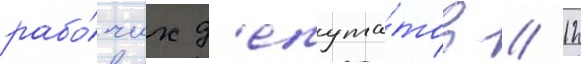
рабо́чих д'епута́тов // 12